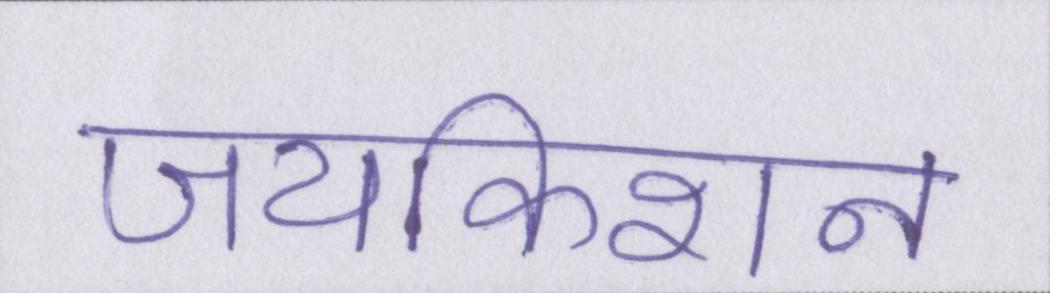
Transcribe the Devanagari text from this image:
जयकिशन